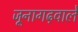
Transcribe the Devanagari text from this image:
जूनागढ़वाले